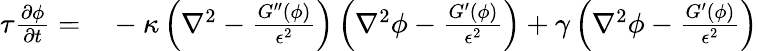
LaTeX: \begin{array}{rl}{\tau\frac{\partial\phi}{\partial t}=}&{{}-\kappa\left(\nabla^{2}-\frac{G^{\prime\prime}(\phi)}{\epsilon^{2}}\right)\left(\nabla^{2}\phi-\frac{G^{\prime}(\phi)}{\epsilon^{2}}\right)+\gamma\left(\nabla^{2}\phi-\frac{G^{\prime}(\phi)}{\epsilon^{2}}\right)}\end{array}